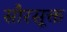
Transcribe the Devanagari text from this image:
सौरसूक्त